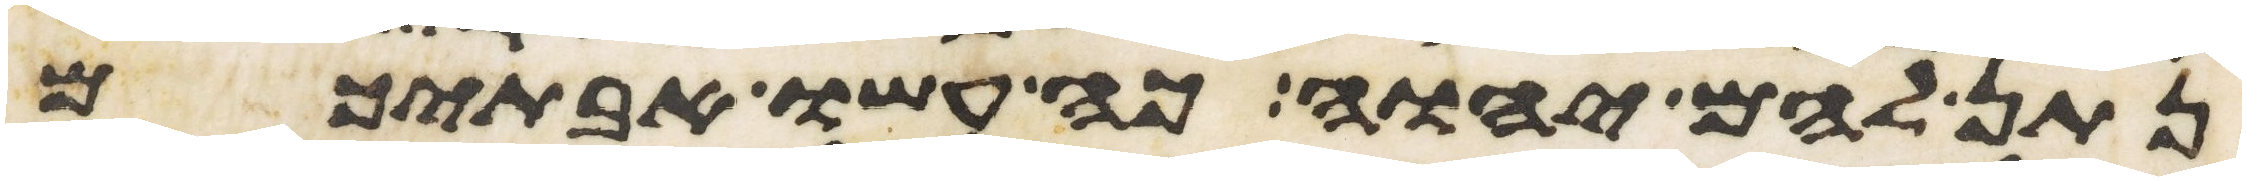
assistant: נתן להם יהוה כה עשו אבתיכם